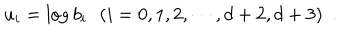
u _ { i } = \log b _ { i } \, \, \, \, ( i = 0 , 1 , 2 , \cdots , { d + 2 } , { d + 3 } ) \, \, \, .